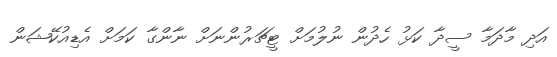
އަދި މާދަމާ ސީދާ ކަޅު ހެދުން ނުލުމަށް ޓީޗަރުންނަށް ނާންގާ ކަމަށް އެޑިއުކޭޝަން